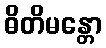
ဓိတိမန္တော